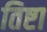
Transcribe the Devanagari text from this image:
तिष्टा